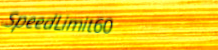
SpeedLimit60